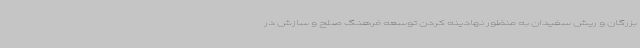
بزرگان و ریش سفیدان به منظور نهادینه کردن توسعه فرهنگ صلح و سازش در